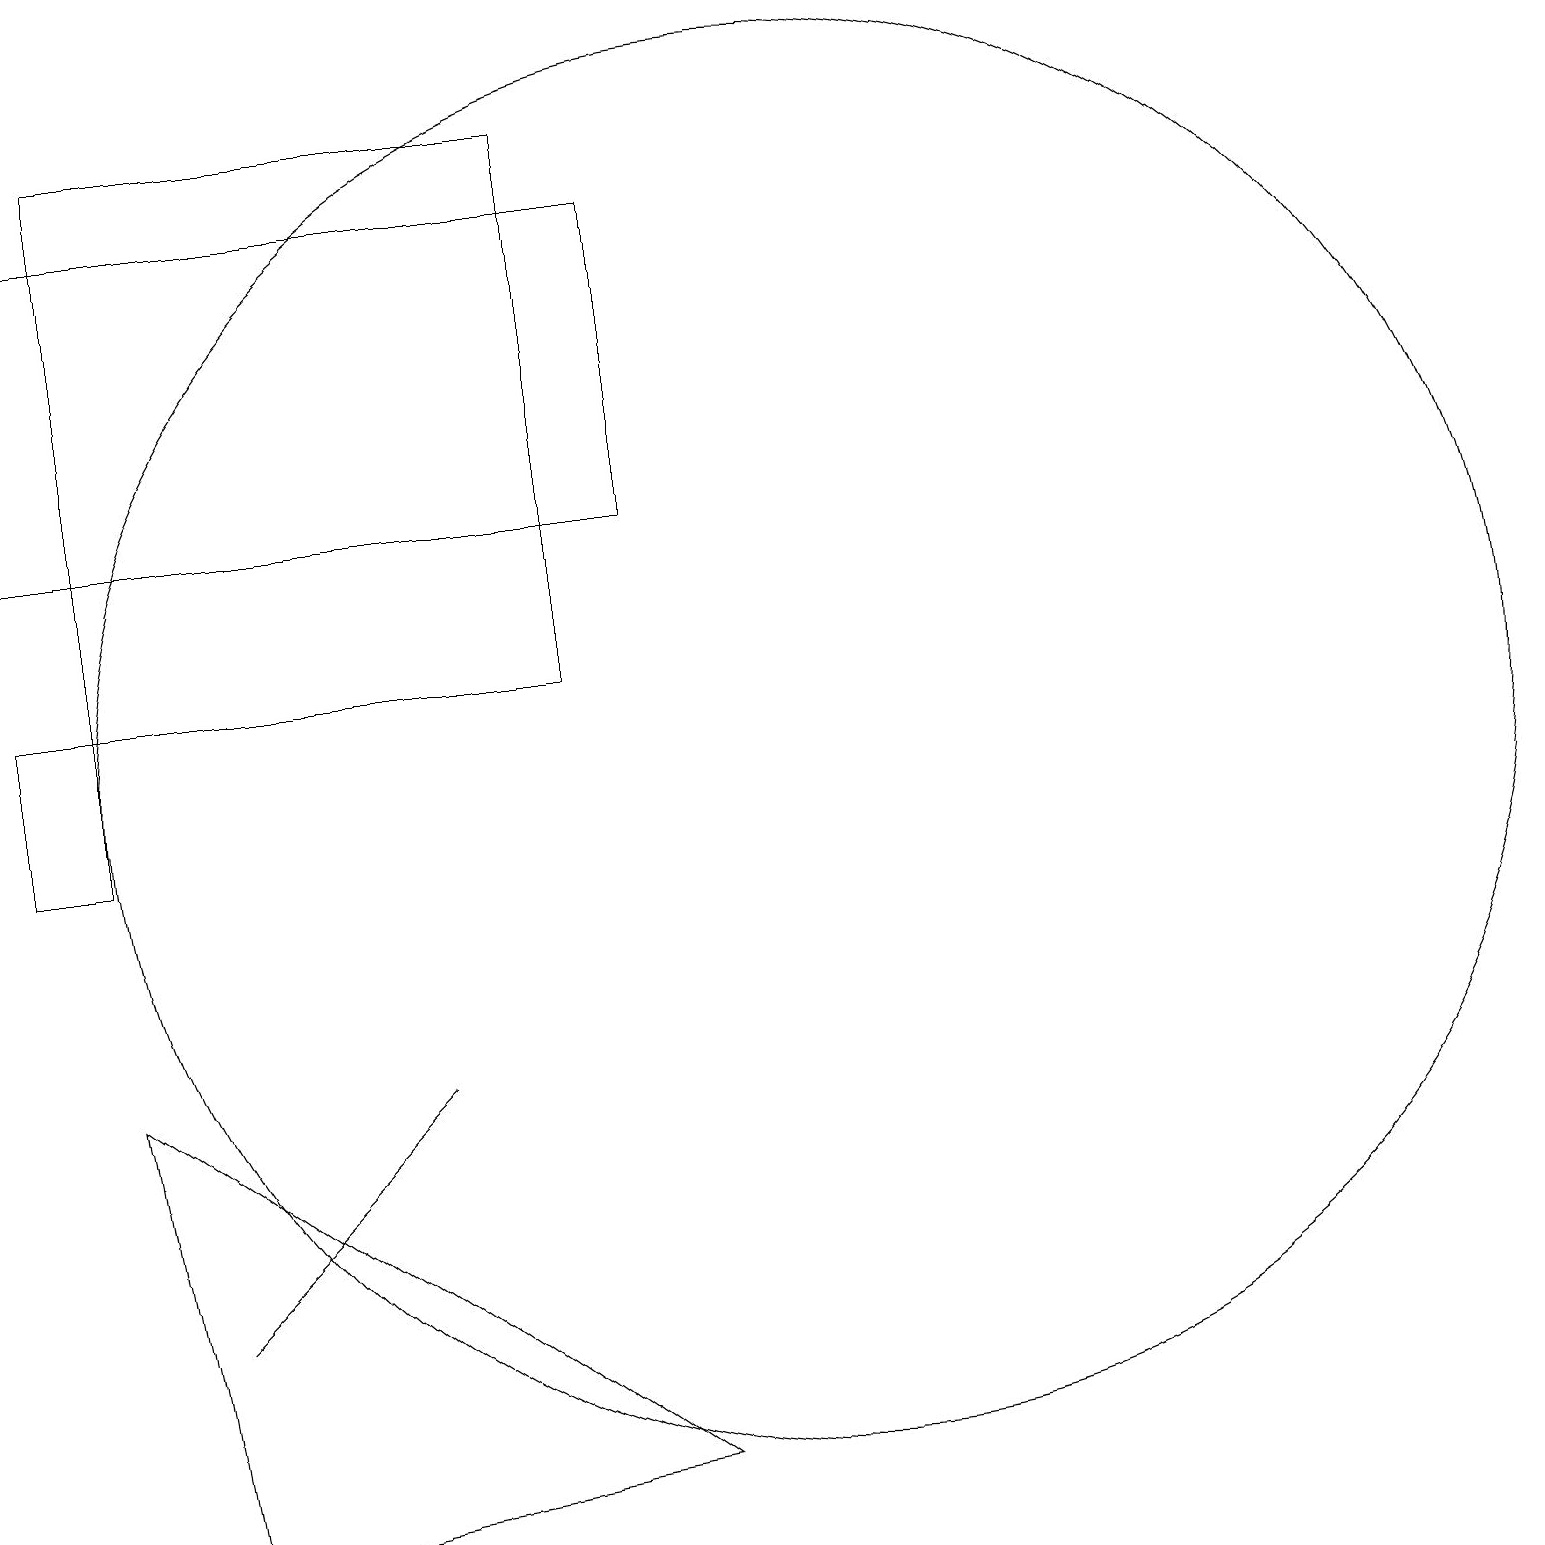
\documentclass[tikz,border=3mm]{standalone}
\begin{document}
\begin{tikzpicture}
\draw (1,14) rectangle (9,18);
\draw (8,12) rectangle (2,19);
\draw (5,14) rectangle (8,14);
\draw (4,5) -- (6,7) -- (3,4) -- cycle;
\draw (11,11) circle (9);
\draw (2,12) rectangle (1,10);
\draw (9,2) -- (2,7) -- (3,1) -- cycle;
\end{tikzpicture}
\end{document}